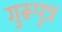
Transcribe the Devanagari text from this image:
गुरूपुत्र